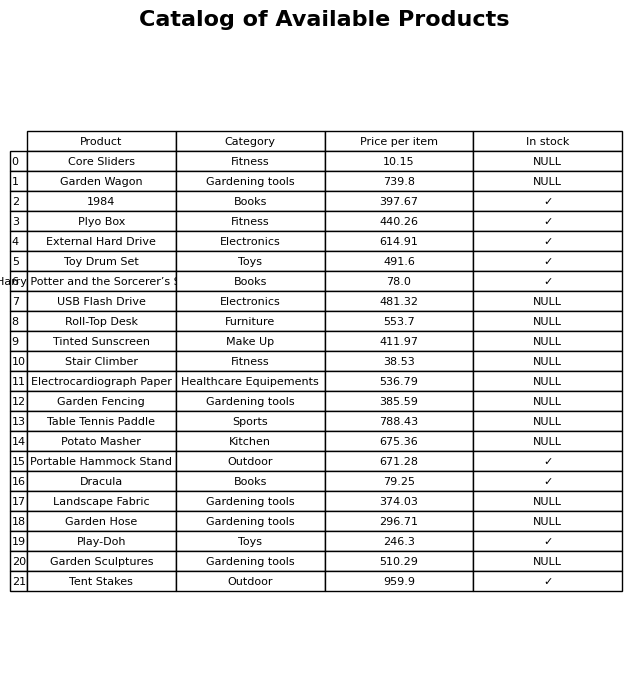
question: Which products are currently out of stock?
answer: Core Sliders, Garden Wagon, USB Flash Drive, Roll-Top Desk, Tinted Sunscreen, Stair Climber, Electrocardiograph Paper, Garden Fencing, Table Tennis Paddle, Potato Masher, Landscape Fabric, Garden Hose, Garden Sculptures